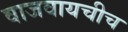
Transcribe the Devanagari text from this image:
वाजवायचीच